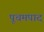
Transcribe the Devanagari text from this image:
पूचमपाद